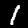
Label: 1